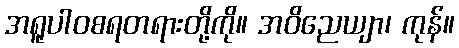
အရူပါဝစရတရားတို့ကို။ အဝိညေယျာ၊ ကုန်။